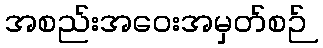
အစည်းအဝေးအမှတ်စဉ်